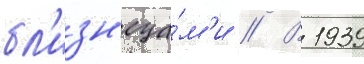
бл'изн'еца́м'и // В 1939